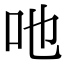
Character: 吔